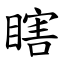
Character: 瞎